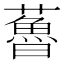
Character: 𧀦